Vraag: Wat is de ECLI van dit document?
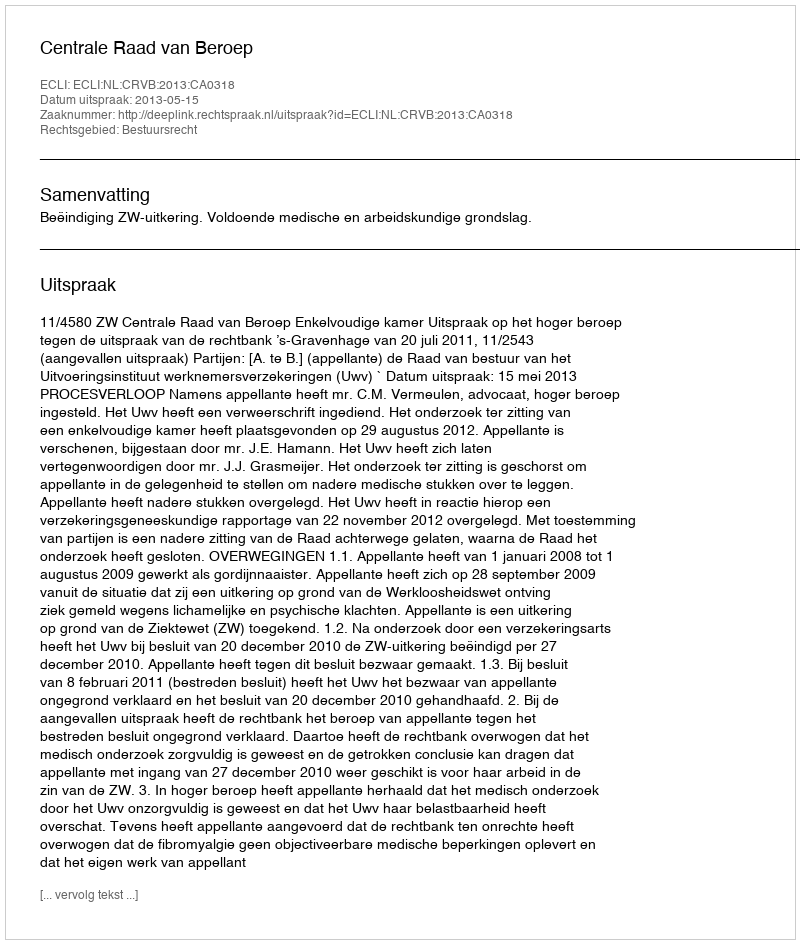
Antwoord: ECLI:NL:CRVB:2013:CA0318